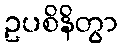
ဥပစိနိတွာ